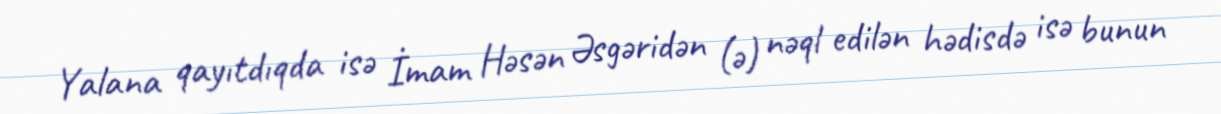
Yalana qayıtdıqda isə İmam Həsən Əsgəridən (ə) nəql edilən hədisdə isə bunun